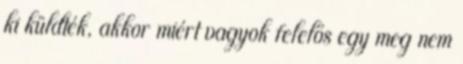
ki küldték, akkor miért vagyok felelős egy meg nem